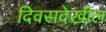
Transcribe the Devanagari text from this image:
दिवसदेखील